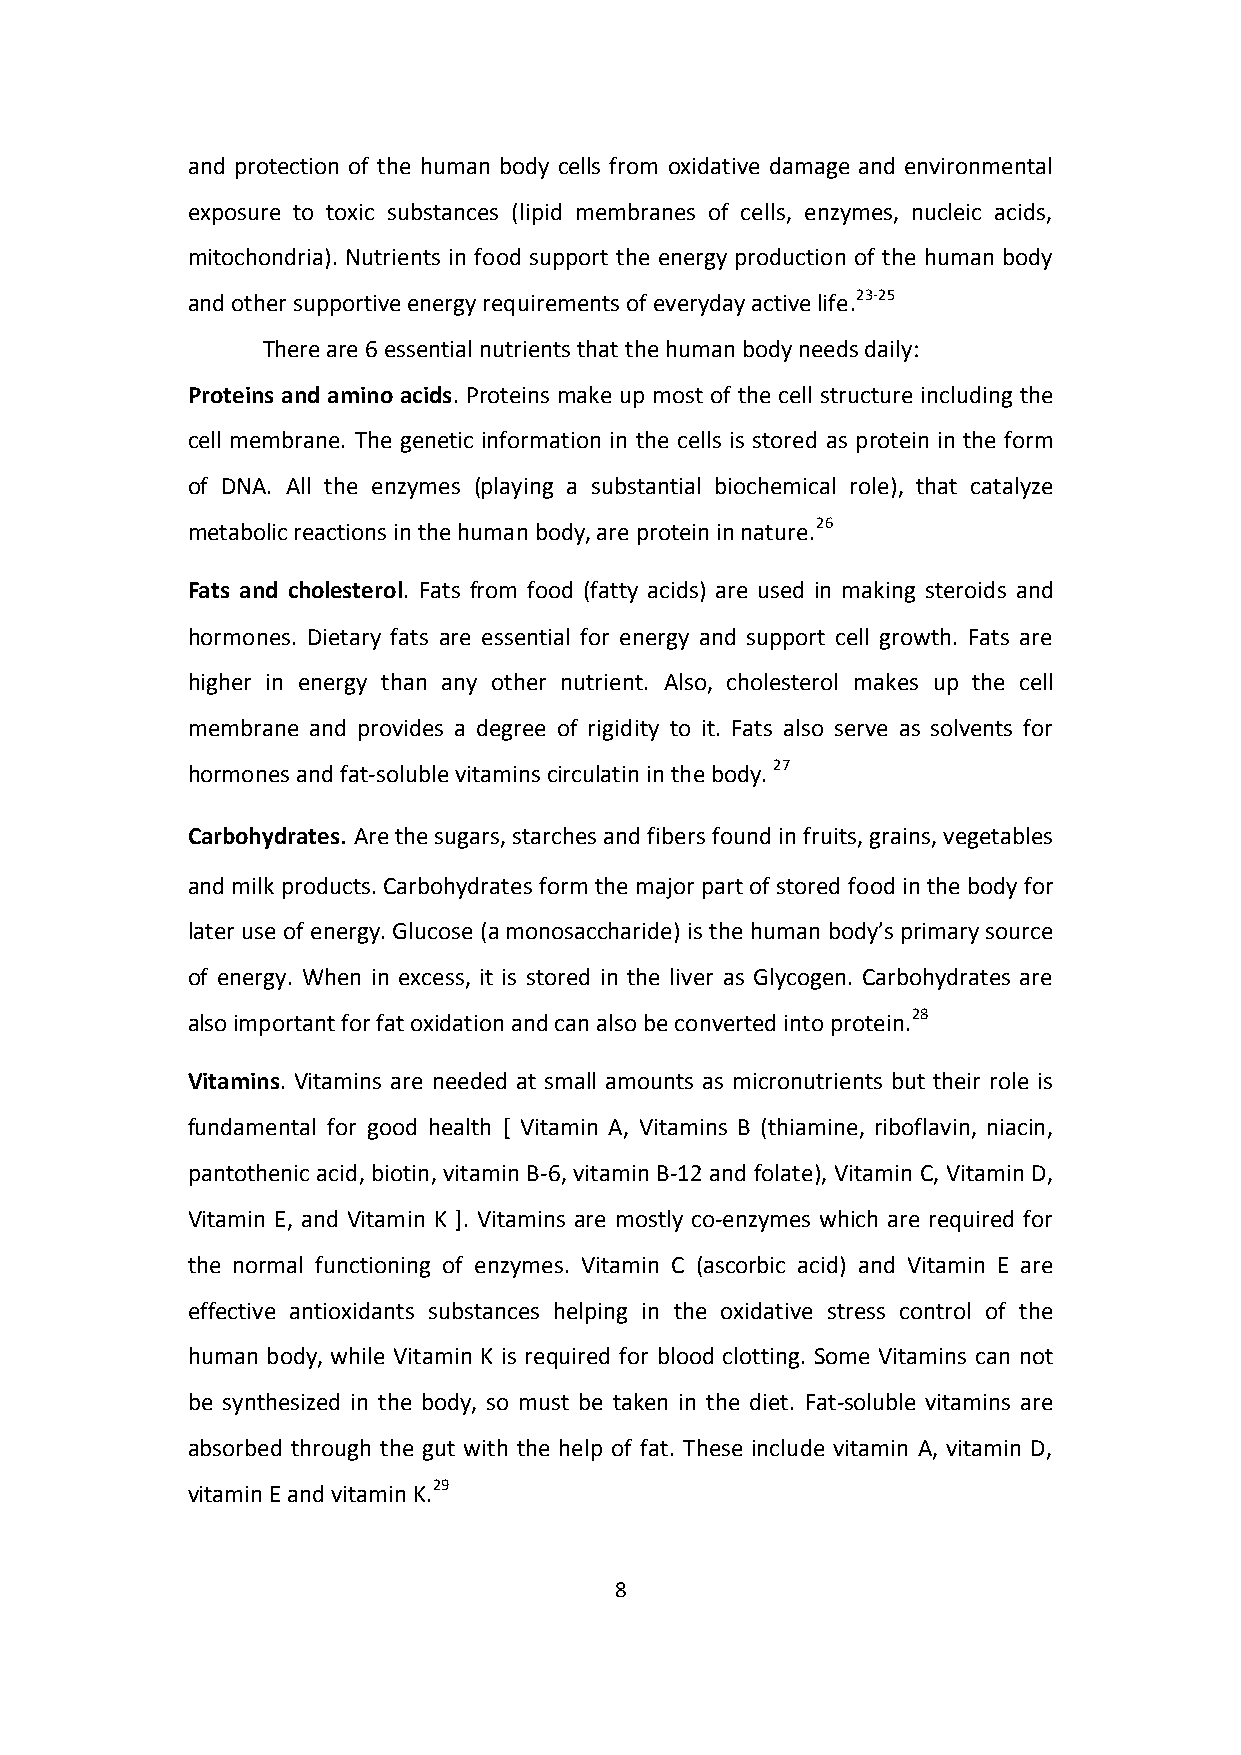
and protection of the human body cells from oxidative damage and environmental
 exposure to toxic substances (lipid membranes of cells, enzymes, nucleic acids,
 mitochondria). Nutrients in food support the energy production of the human body
 and other supportive energy requirements of everyday active life.23-25
 There are 6 essential nutrients that the human body needs daily:
 Proteins and amino acids. Proteins make up most of the cell structure including the
 cell membrane. The genetic information in the cells is stored as protein in the form
 of DNA. All the enzymes (playing a substantial biochemical role), that catalyze
 metabolic reactions in the human body, are protein in nature.26
 Fats and cholesterol. Fats from food (fatty acids) are used in making steroids and
 hormones. Dietary fats are essential for energy and support cell growth. Fats are
 higher in energy than any other nutrient. Also, cholesterol makes up the cell
 membrane and provides a degree of rigidity to it. Fats also serve as solvents for
 hormones and fat-soluble vitamins circulatin in the body. 27
 Carbohydrates. Are the sugars, starches and fibers found in fruits, grains, vegetables
 and milk products. Carbohydrates form the major part of stored food in the body for
 later use of energy. Glucose (a monosaccharide) is the human body’s primary source
 of energy. When in excess, it is stored in the liver as Glycogen. Carbohydrates are
 also important for fat oxidation and can also be converted into protein.28
 Vitamins. Vitamins are needed at small amounts as micronutrients but their role is
 fundamental for good health [ Vitamin A, Vitamins B (thiamine, riboflavin, niacin,
 pantothenic acid, biotin, vitamin B-6, vitamin B-12 and folate), Vitamin C, Vitamin D,
 Vitamin E, and Vitamin K ]. Vitamins are mostly co-enzymes which are required for
 the normal functioning of enzymes. Vitamin C (ascorbic acid) and Vitamin E are
 effective antioxidants substances helping in the oxidative stress control of the
 human body, while Vitamin K is required for blood clotting. Some Vitamins can not
 be synthesized in the body, so must be taken in the diet. Fat-soluble vitamins are
 absorbed through the gut with the help of fat. These include vitamin A, vitamin D,
 vitamin E and vitamin K.29
 8